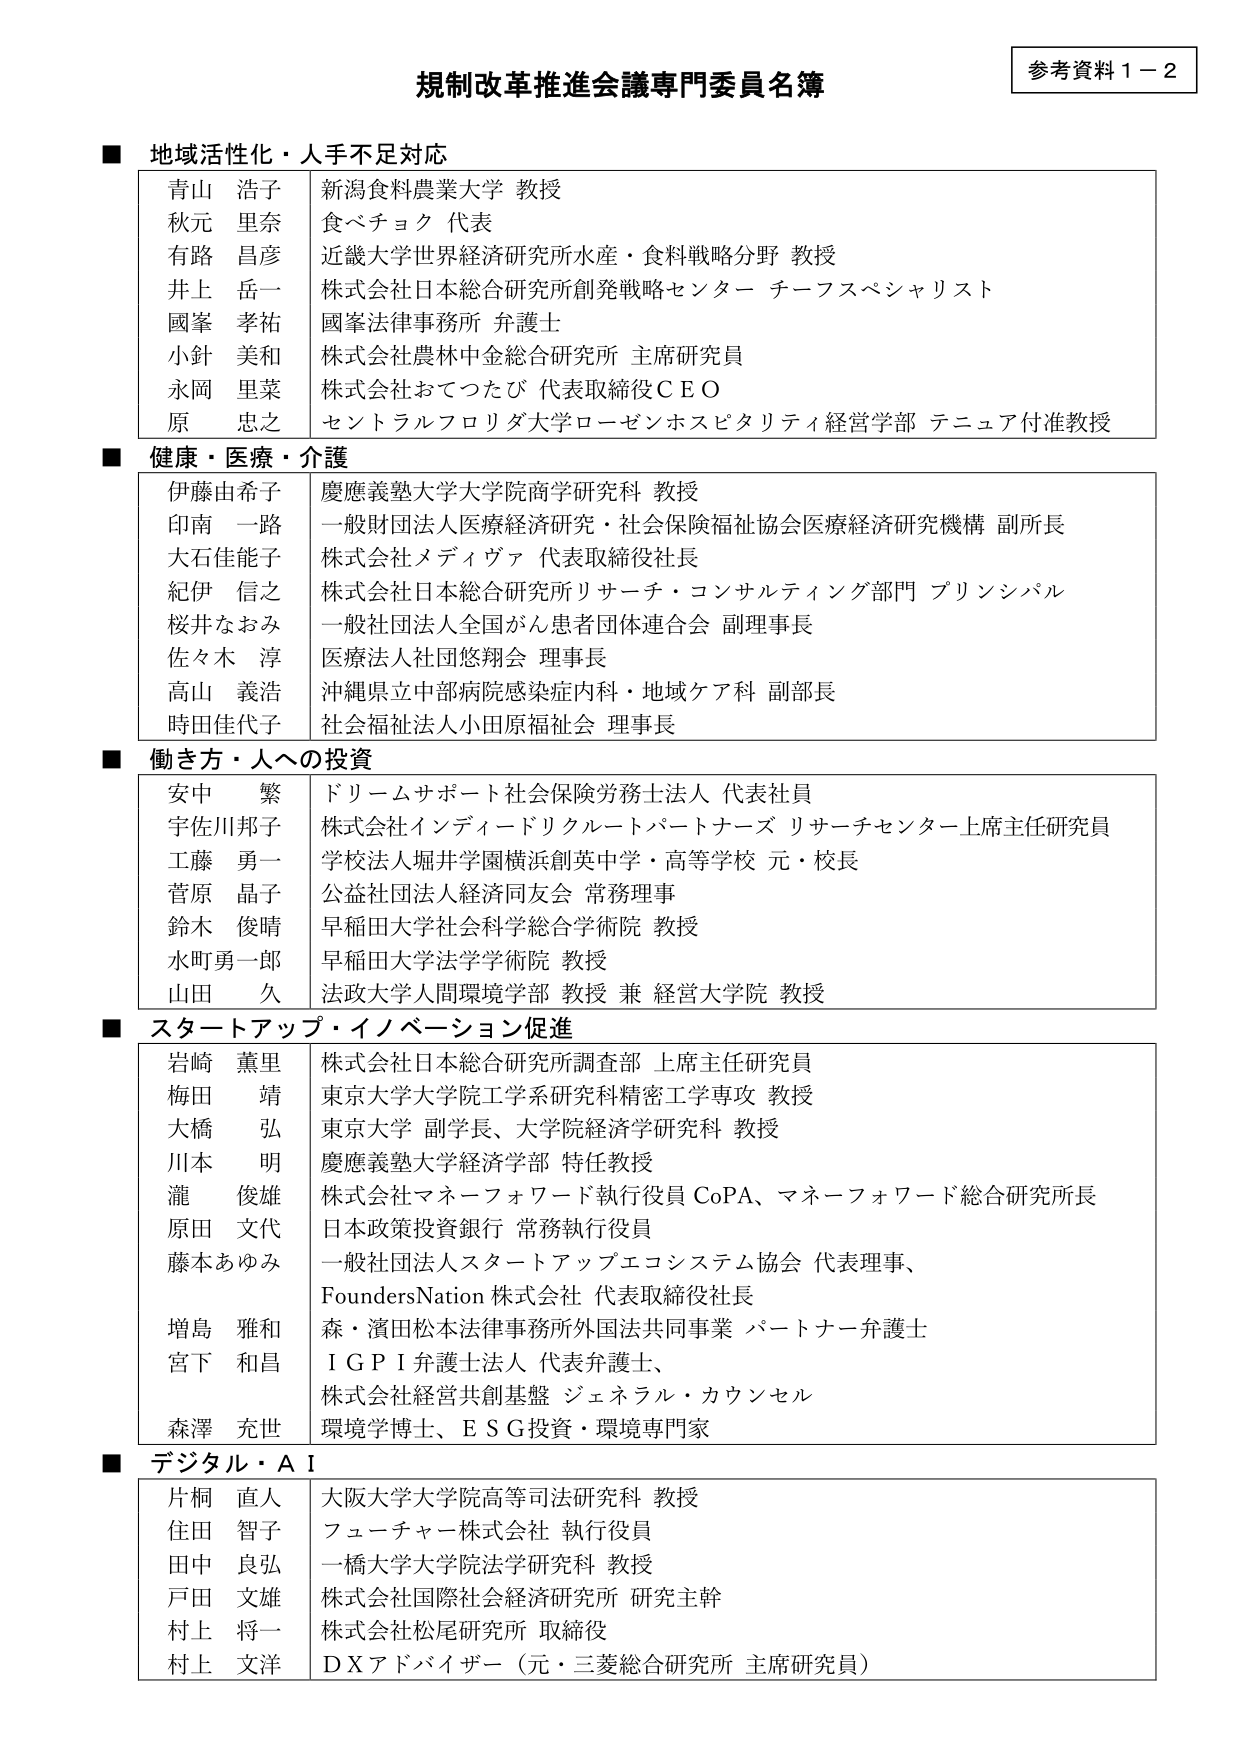
規制改革推進会議専門委員名簿
参考資料１－２

■ 地域活性化・人手不足対応
青山 浩子 新潟食料農業大学 教授
秋元 里奈 食べチョク 代表
有路 昌彦 近畿大学世界経済研究所水産・食料戦略分野 教授
井上 岳一 株式会社日本総合研究所創発戦略センター チーフスペシャリスト
國峯 孝祐 國峯法律事務所 弁護士
小針 美和 株式会社農林中金総合研究所 主席研究員
永岡 里菜 株式会社おてつたび 代表取締役ＣＥＯ
原 忠之 セントラルフロリダ大学ローゼンホスピタリティ経営学部 テニュア付准教授

■ 健康・医療・介護
伊藤由希子 慶應義塾大学大学院商学研究科 教授
印南 一路 一般財団法人医療経済研究・社会保険福祉協会医療経済研究機構 副所長
大石佳能子 株式会社メディヴァ 代表取締役社長
紀伊 信之 株式会社日本総合研究所リサーチ・コンサルティング部門 プリンシパル
桜井なおみ 一般社団法人全国がん患者団体連合会 副理事長
佐々木 淳 医療法人社団悠翔会 理事長
高山 義浩 沖縄県立中部病院感染症内科・地域ケア科 副部長
時田佳代子 社会福祉法人小田原福祉会 理事長

■ 働き方・人への投資
安中 繁 ドリームサポート社会保険労務士法人 代表社員
宇佐川邦子 株式会社インディードリクルートパートナーズ リサーチセンター上席主任研究員
工藤 勇一 学校法人堀井学園横浜創英中学・高等学校 元・校長
菅原 晶子 公益社団法人経済同友会 常務理事
鈴木 俊晴 早稲田大学社会科学総合学術院 教授
水町勇一郎 早稲田大学法学学術院 教授
山田 久 法政大学人間環境学部 教授 兼 経営大学院 教授

■ スタートアップ・イノベーション促進
岩崎 薫里 株式会社日本総合研究所調査部 上席主任研究員
梅田 靖 東京大学大学院工学系研究科精密工学専攻 教授
大橋 弘 東京大学 副学長、大学院経済学研究科 教授
川本 明 慶應義塾大学経済学部 特任教授
瀧 俊雄 株式会社マネーフォワード執行役員 CoPA、マネーフォワード総合研究所長
原田 文代 日本政策投資銀行 常務執行役員
藤本あゆみ 一般社団法人スタートアップエコシステム協会 代表理事、
FoundersNation 株式会社 代表取締役社長
増島 雅和 森・濱田松本法律事務所外国法共同事業 パートナー弁護士
宮下 和昌 ＩＧＰＩ弁護士法人 代表弁護士、
株式会社経営共創基盤 ジェネラル・カウンセル
森澤 充世 環境学博士、ＥＳＧ投資・環境専門家

■ デジタル・ＡＩ
片桐 直人 大阪大学大学院高等司法研究科 教授
住田 智子 フューチャー株式会社 執行役員
田中 良弘 一橋大学大学院法学研究科 教授
戸田 文雄 株式会社国際社会経済研究所 研究主幹
村上 将一 株式会社松尾研究所 取締役
村上 文洋 ＤＸアドバイザー（元・三菱総合研究所 主席研究員）